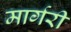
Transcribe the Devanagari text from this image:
मार्गरी